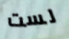
لست